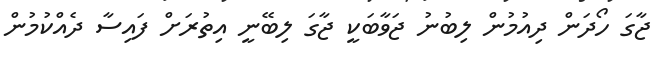
ޖާގަ ހޯދަން ދިއުމުން ލިބުނު ޖަވާބަކީ ޖާގަ ލިބޭނީ އިތުރަށް ފައިސާ ދެއްކުމުން